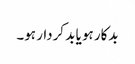
بدکار ہو یا بد کردار ہو۔